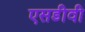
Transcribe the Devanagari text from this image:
एसडीवी